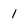
Character: 1